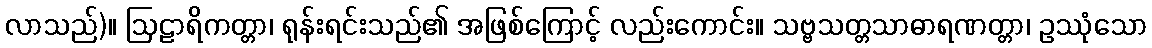
လာသည်)။ ဩဠာရိကတ္တာ၊ ရုန်းရင်းသည်၏ အဖြစ်ကြောင့် လည်းကောင်း။ သဗ္ဗသတ္တသာဓာရဏတ္တာ၊ ဥဿုံသော